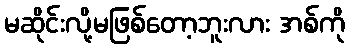
မဆိုင်းလို့မဖြစ်တော့ဘူးလား အစ်ကို